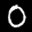
Label: 0